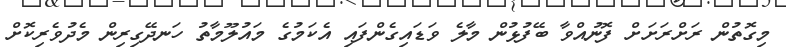
މިގޮތުން ރަށްރަށަށް ފޮނުއްވާ ބޭފުޅުން މާލެ ވަޑައިގެންފައި އެކަމުގެ މައުލޫމާތު ހަނދޭގިރިން މެދުވެރިކޮށް